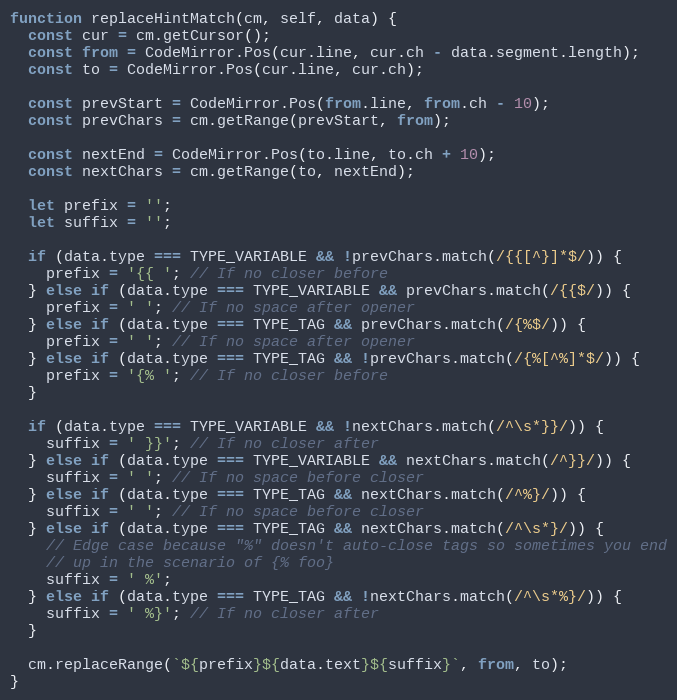
Language: JavaScript
function replaceHintMatch(cm, self, data) {
  const cur = cm.getCursor();
  const from = CodeMirror.Pos(cur.line, cur.ch - data.segment.length);
  const to = CodeMirror.Pos(cur.line, cur.ch);

  const prevStart = CodeMirror.Pos(from.line, from.ch - 10);
  const prevChars = cm.getRange(prevStart, from);

  const nextEnd = CodeMirror.Pos(to.line, to.ch + 10);
  const nextChars = cm.getRange(to, nextEnd);

  let prefix = '';
  let suffix = '';

  if (data.type === TYPE_VARIABLE && !prevChars.match(/{{[^}]*$/)) {
    prefix = '{{ '; // If no closer before
  } else if (data.type === TYPE_VARIABLE && prevChars.match(/{{$/)) {
    prefix = ' '; // If no space after opener
  } else if (data.type === TYPE_TAG && prevChars.match(/{%$/)) {
    prefix = ' '; // If no space after opener
  } else if (data.type === TYPE_TAG && !prevChars.match(/{%[^%]*$/)) {
    prefix = '{% '; // If no closer before
  }

  if (data.type === TYPE_VARIABLE && !nextChars.match(/^\s*}}/)) {
    suffix = ' }}'; // If no closer after
  } else if (data.type === TYPE_VARIABLE && nextChars.match(/^}}/)) {
    suffix = ' '; // If no space before closer
  } else if (data.type === TYPE_TAG && nextChars.match(/^%}/)) {
    suffix = ' '; // If no space before closer
  } else if (data.type === TYPE_TAG && nextChars.match(/^\s*}/)) {
    // Edge case because "%" doesn't auto-close tags so sometimes you end
    // up in the scenario of {% foo}
    suffix = ' %';
  } else if (data.type === TYPE_TAG && !nextChars.match(/^\s*%}/)) {
    suffix = ' %}'; // If no closer after
  }

  cm.replaceRange(`${prefix}${data.text}${suffix}`, from, to);
}